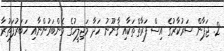
2. ޖަޕާން ސަރުކާރުގެ އިސް ފަރާތްތަކާއި ޤާނޫނު ހަދާ މަޖިލީހުގެ މެންބަރުންނާއި ޚަބަރުފަތުރާ